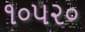
૧૦૫૨૦